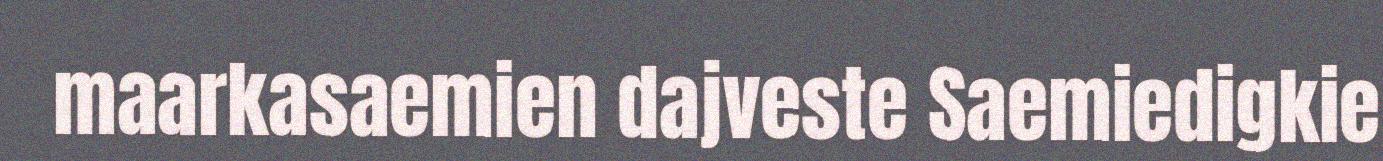
maarkasaemien dajveste Saemiedigkie